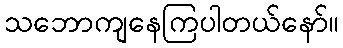
သဘောကျနေကြပါတယ်နော်။